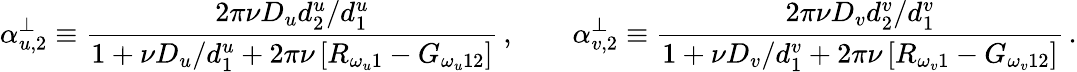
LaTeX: \alpha_{u,2}^{\perp}\equiv\frac{2\pi\nu D_{u}{d_{2}^{u}/d_{1}^{u}}}{1+{\nu D_{u}/d_{1}^{u}}+2\pi\nu\left[R_{\omega_{u}1}-G_{\omega_{u}12}\right]}\, ,\qquad\alpha_{v,2}^{\perp}\equiv\frac{2\pi\nu D_{v}{d_{2}^{v}/d_{1}^{v}}}{1+{\nu D_{v}/d_{1}^{v}}+2\pi\nu\left[R_{\omega_{v}1}-G_{\omega_{v}12}\right]}\, .